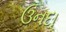
ઉનદા